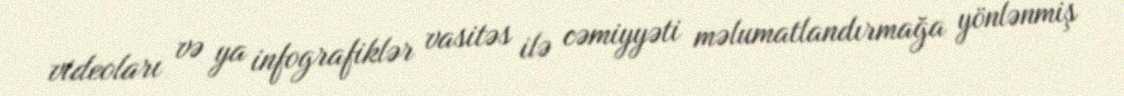
videoları və ya infografiklər vasitəs ilə cəmiyyəti məlumatlandırmağa yönlənmiş